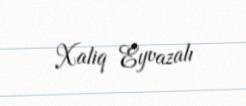
Xaliq Eyvazalı